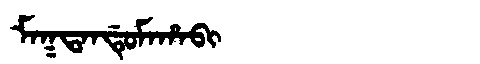
Manchu: ᠮᠠᡴᡨᠠᠨᡩᡠᠮᠠᡥᠠᠪᡳ
Romanization: MAKTANDUMAHABI